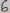
Text: 7